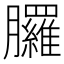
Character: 𦣇